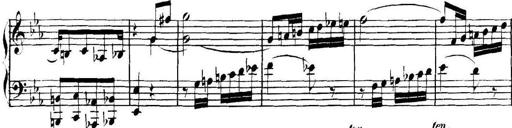
Title: Collected Piano Sonatas
Composer: Muzio Clementi